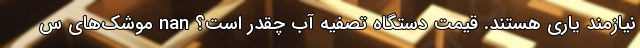
نیازمند یاری هستند. قیمت دستگاه تصفیه آب چقدر است؟ nan موشک‌های س